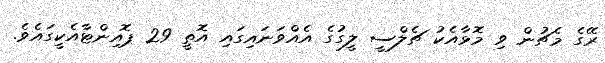
ރޭގެ މެޗުން ވި މޮޅާއެކު ޗެލްސީ ލީގުގެ އެއްވަނައިގައި އޮތީ 29 ޕޮއިންޓާއެކީގައެވެ.